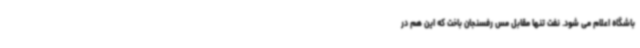
باشگاه اعلام می شود. نفت تنها مقابل مس رفسنجان باخت که این هم در